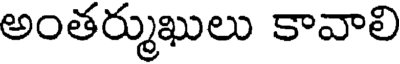
అంతర్ముఖులు కావాలి